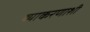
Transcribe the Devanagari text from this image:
व्याकरणाशी